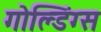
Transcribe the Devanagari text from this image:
गोल्डिंग्स